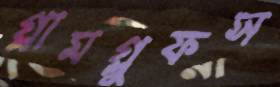
গ্লামগ্লুফস